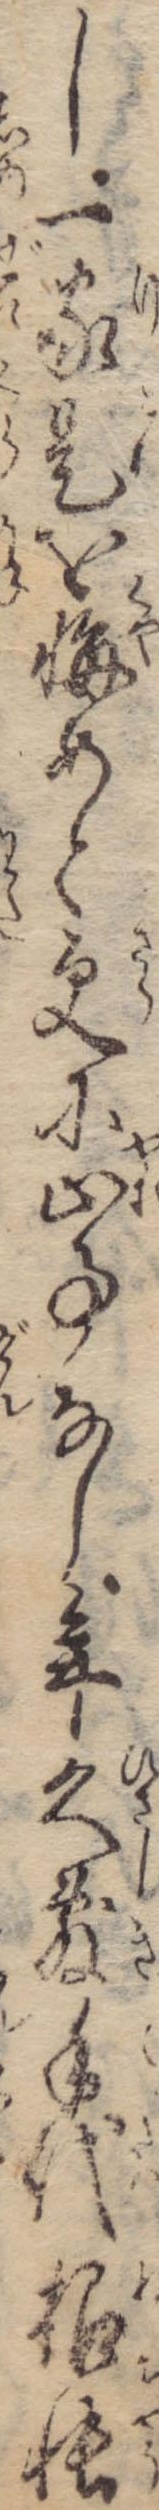
し一家是を悔めと更に止事なし年久敷手代根帳